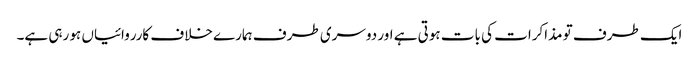
ایک طرف تو مذاکرات کی بات ہوتی ہے اور دوسری طرف ہمارے خلاف کارروائیاں ہو رہی ہے۔